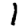
Digit: 1